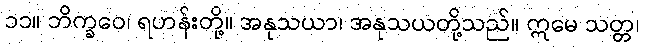
၁၁။ ဘိက္ခဝေ၊ ရဟန်းတို့။ အနုသယာ၊ အနုသယတို့သည်။ ဣမေ သတ္တ၊